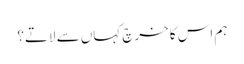
ہم اس کا خرچ کہاں سے لاتے؟